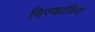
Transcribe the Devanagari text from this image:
मिस्काविज